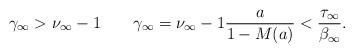
LaTeX: \begin{align*}\gamma_\infty>\nu_\infty-1\quad\quad\gamma_\infty=\nu_\infty-1 \frac a{1-M(a)}<\frac{\tau_\infty}{\beta_\infty}.\end{align*}